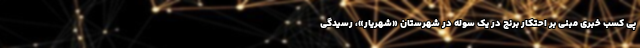
پی کسب خبری مبنی بر احتکار برنج در یک سوله در شهرستان «شهریار»، رسیدگی